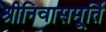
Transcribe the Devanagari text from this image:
श्रीनिवासमूर्ति